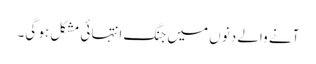
آنے والے دنوں میں جنگ انتہائی مشکل ہو گی۔